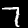
Label: 7